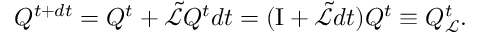
Q ^ { t + d t } = Q ^ { t } + \Tilde { \mathcal { L } } Q ^ { t } d t = ( \mathrm { I } + \Tilde { \mathcal { L } } d t ) Q ^ { t } \equiv Q _ { \mathcal { L } } ^ { t } .